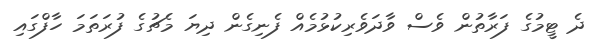
ދެ ޓީމުގެ ފަރާތުން ވެސް ވާދަވެރިކުޅުމެއް ފެނިގެން ދިޔަ މެޗުގެ ފުރަތަމަ ހާފްގައި